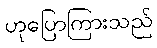
ဟုပြောကြားသည်